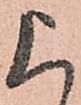
上